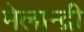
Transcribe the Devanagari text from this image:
मेलान्द्री